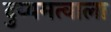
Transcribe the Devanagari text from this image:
दुय्यमत्वाला